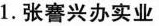
1.张謇兴办实业